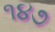
૧૪૭